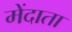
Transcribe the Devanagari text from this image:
मेंदाता